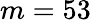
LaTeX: m=53